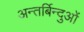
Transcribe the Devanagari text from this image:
अन्तर्बिन्दुओं